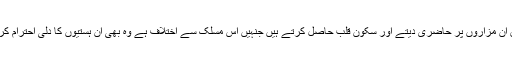
لوگ اپنے اپنے ایمان عقیدے اور یقین کے مطابق ان مزاروں پر حاضری دیتے اور سکون قلب حاصل کرتے ہیں جنہیں اس مسلک سے اختلاف ہے وہ بھی ان ہستیوں کا دلی احترام کرتے اور ان کے مقام و مرتبہ کو تسلیم کرتے ہیں۔